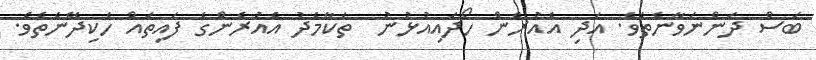
ބަސް ދަންނަވާނެތެވެ. އަދި އެއުރެން ހޯދައިއުޅުނު  ތަކާމެދު އެއުރެންގެ ފައިތައް ހެކިދޭނެތެވެ.